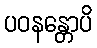
ပဝနန္တောပိ